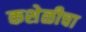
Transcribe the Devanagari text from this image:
कशेळीचा